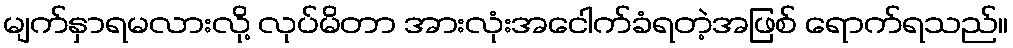
မျက်နှာရမလားလို့ လုပ်မိတာ အားလုံးအငေါက်ခံရတဲ့အဖြစ် ရောက်ရသည်။